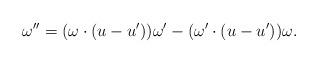
LaTeX: \begin{align*} \omega''=(\omega\cdot (u-u'))\omega'-(\omega'\cdot (u-u'))\omega.\end{align*}